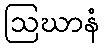
ဩဃာနံ